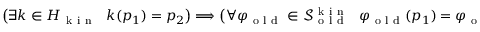
\begin{array} { r } { \big ( \exists k \in H _ { \mathrm { ~ k ~ i ~ n ~ } } \ \ k ( p _ { 1 } ) = p _ { 2 } \big ) \Longrightarrow \big ( \forall \varphi _ { \mathrm { ~ o ~ l ~ d ~ } } \in \mathcal { S } _ { \mathrm { ~ o ~ l ~ d ~ } } ^ { \mathrm { ~ k ~ i ~ n ~ } } \ \ \varphi _ { \mathrm { ~ o ~ l ~ d ~ } } ( p _ { 1 } ) = \varphi _ { \mathrm { ~ o ~ l ~ d ~ } } ( p _ { 2 } ) \big ) . } \end{array}